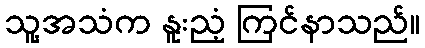
သူ့အသံက နူးညံ့ ကြင်နာသည်။